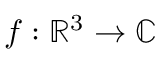
f : \mathbb { R } ^ { 3 } \to \mathbb { C }